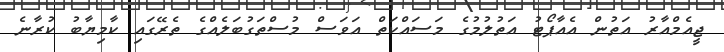
ޖީއެމްއާރު އަތުން އެއާޕޯޓު އަތުލުމުގެ މަސައްކަތް އަވަސް މުސްތަގުބަލެއްގެ ތެރޭގައި ކާމިޔާބު ކުރާނެ